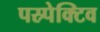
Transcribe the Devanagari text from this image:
पस्र्पेक्टिव